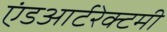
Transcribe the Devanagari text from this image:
एंडआर्टरेक्टमी